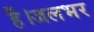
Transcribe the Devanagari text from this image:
हैं।जलभर